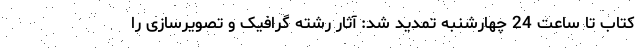
کتاب تا ساعت 24 چهارشنبه تمدید شد: آثار رشته گرافیک و تصویرسازی را